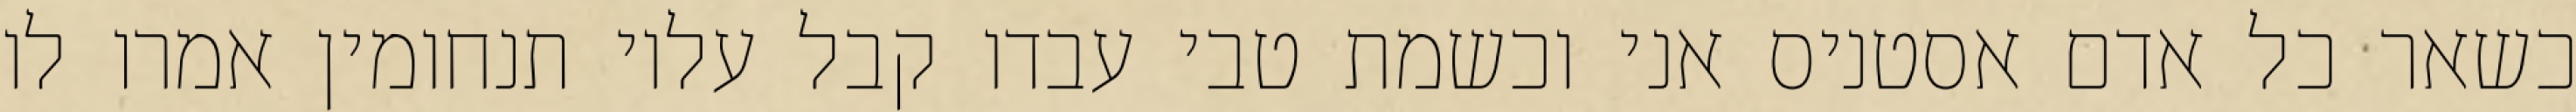
כשאר כל אדם אסטניס אני וכשמת טבי עבדו קבל עליו תנחומין אמרו לו